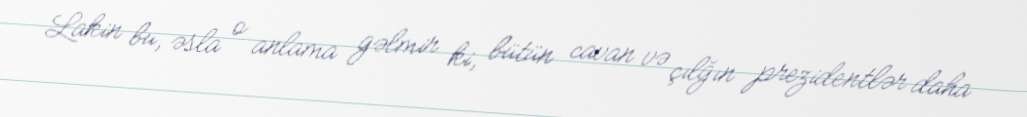
Lakin bu, əsla o anlama gəlmir ki, bütün cavan və çılğın prezidentlər daha